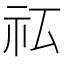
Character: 𰧯